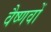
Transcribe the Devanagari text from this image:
वैष्‍णवों